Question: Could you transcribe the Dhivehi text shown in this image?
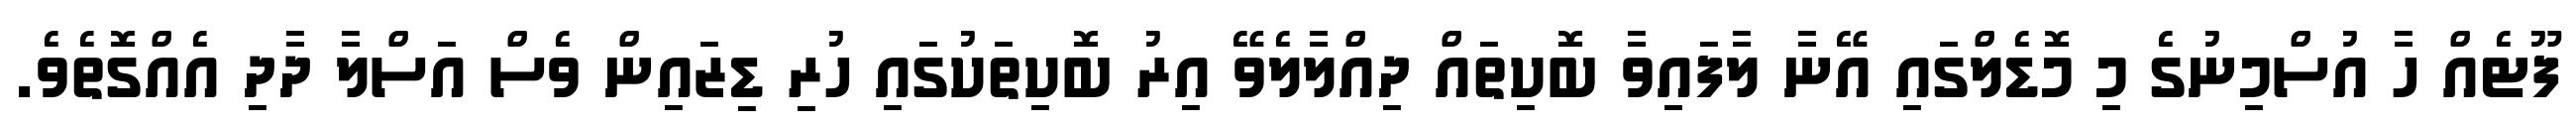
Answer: ފޫޓެއް ހާ އުސްމިނުގެ މި މޮޑެލްގައި އޭނާ ލާފައިވާ ބޮކިތައް ދިއްލާލެވޭ އިރު ބޮކިތަކުގައި ހުރި ޑިޒައިން ވެސް އަސްލާ ދާދި އެއްގޮތެވެ.